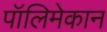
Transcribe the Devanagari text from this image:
पॉलिमेकान